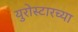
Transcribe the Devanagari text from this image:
युरोस्टारच्या